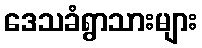
ဒေသခံရွာသားများ